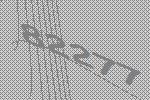
82277